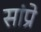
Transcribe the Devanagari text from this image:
सांप्रे